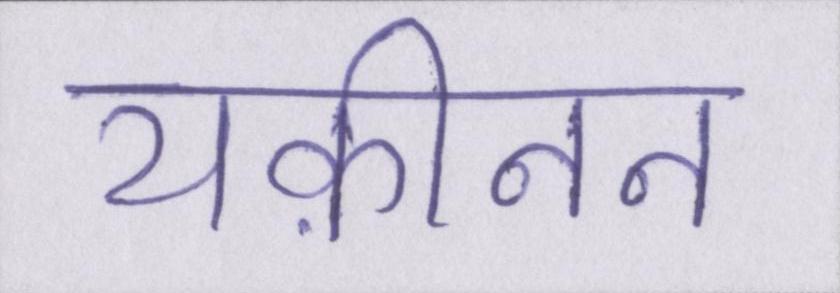
यक़ीनन